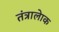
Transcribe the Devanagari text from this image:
तंत्रालेाक